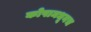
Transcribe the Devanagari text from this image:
कोपामधूनच